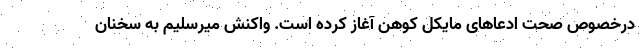
درخصوص صحت ادعاهای مایکل کوهن آغاز کرده است. واکنش میرسلیم به سخنان